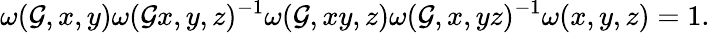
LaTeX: \omega(\mathcal{G},x,y)\omega(\mathcal{G}x,y,z)^{-1}\omega(\mathcal{G},xy,z)\omega(\mathcal{G},x,yz)^{-1}\omega(x,y,z)=1.